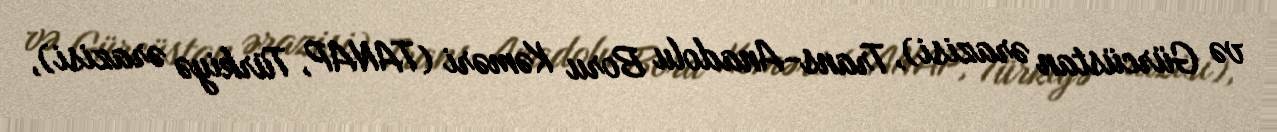
və Gürcüstan ərazisi), Trans-Anadolu Boru Kəməri (TANAP, Türkiyə ərazisi),